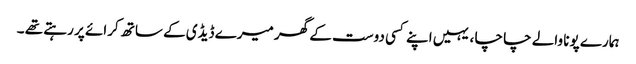
ہمارے پونا والے چا چا ، یہیں اپنے کسی دوست کے گھر میرے ڈیڈی کے ساتھ کرائے پر رہتے تھے ۔